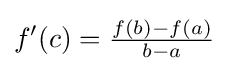
f'(c)={\tfrac {f(b)-f(a)}{b-a}}